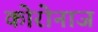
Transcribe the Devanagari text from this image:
कोरोनाज